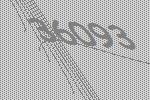
36093